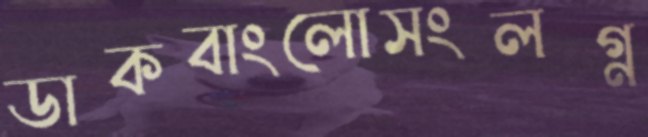
ডাকবাংলোসংলগ্ন